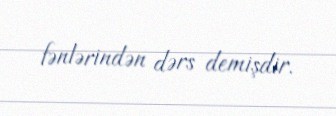
fənlərindən dərs demişdir.